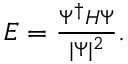
\begin{array} { r } { { \cal E } = \frac { \Psi ^ { \dagger } { \cal H } \Psi } { \vert \Psi \vert ^ { 2 } } . } \end{array}